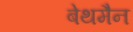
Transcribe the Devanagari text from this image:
बेथमैन